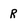
Character: R